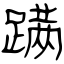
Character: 蹒